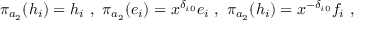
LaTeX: \pi _ { a _ { 2 } } ( h _ { i } ) = h _ { i } \ , \ \pi _ { a _ { 2 } } ( e _ { i } ) = x ^ { \delta _ { i 0 } } e _ { i } \ , \ \pi _ { a _ { 2 } } ( h _ { i } ) = x ^ { - \delta _ { i 0 } } f _ { i } \ ,